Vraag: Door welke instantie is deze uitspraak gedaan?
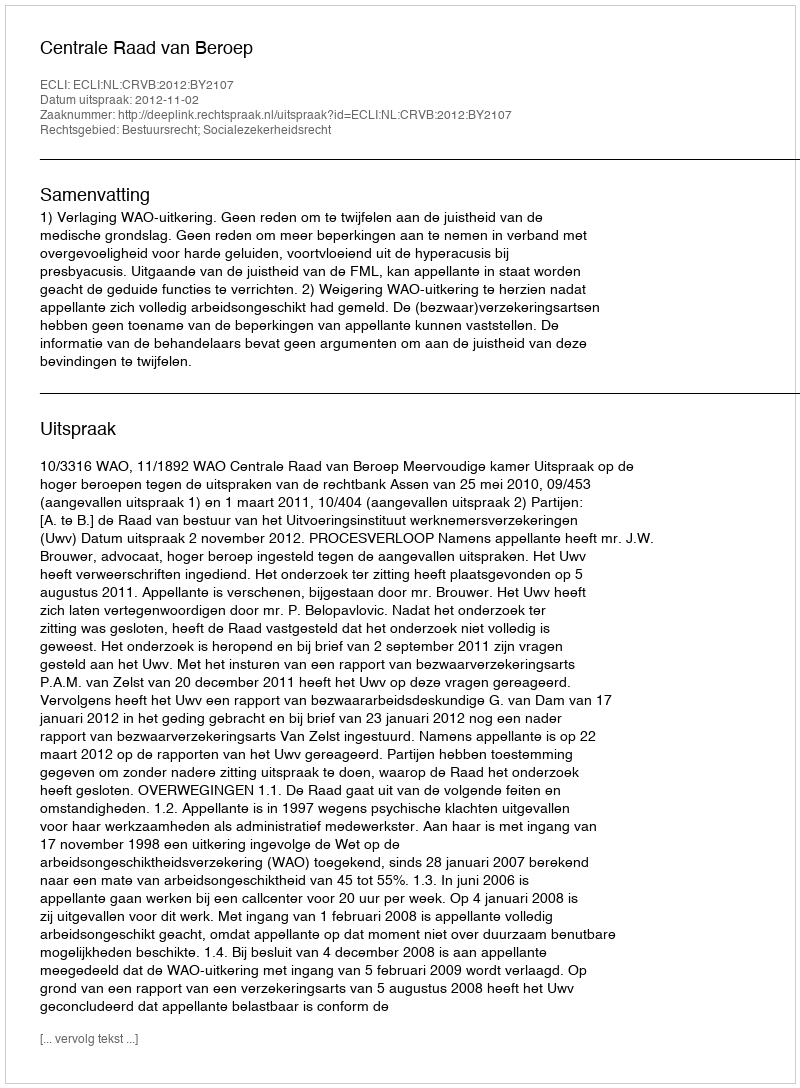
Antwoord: Centrale Raad van Beroep